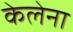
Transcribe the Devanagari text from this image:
केलेना